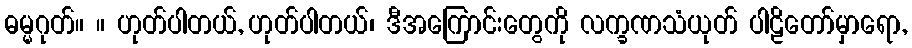
ဓမ္မဂုတ်။ ။ ဟုတ်ပါတယ်, ဟုတ်ပါတယ်၊ ဒီအကြောင်းတွေကို လက္ခဏသံယုတ် ပါဠိတော်မှာရော,